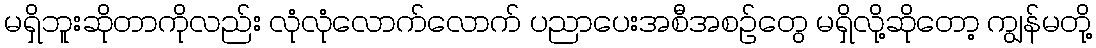
မရှိဘူးဆိုတာကိုလည်း လုံလုံလောက်လောက် ပညာပေးအစီအစဉ်တွေ မရှိလို့ဆိုတော့ ကျွန်မတို့